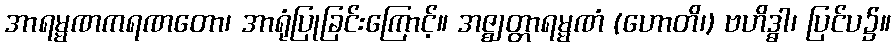
အာရမ္မဏကရဏတော၊ အာရုံပြုခြင်းကြောင့်။ အဇ္ဈတ္တာရမ္မဏံ (ဟောတိ၊) ဗဟိဒ္ဓါ၊ ပြင်ပ၌။